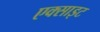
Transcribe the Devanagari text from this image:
एक्साइट